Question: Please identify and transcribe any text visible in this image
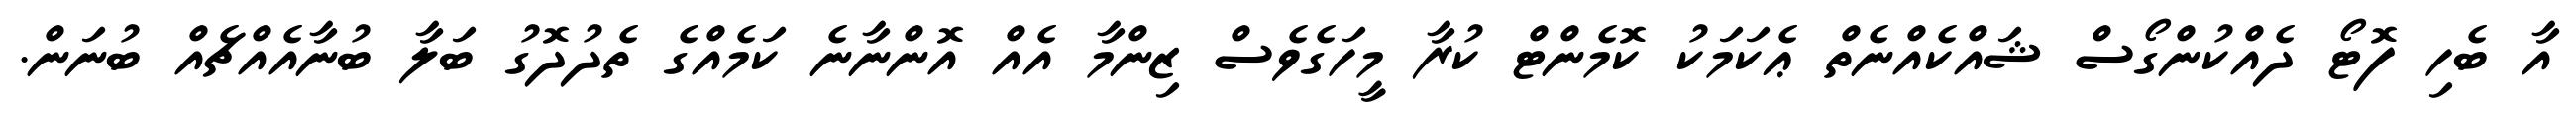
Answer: އާ ބެހި ފޮޓޯ ދެއްކުންގޯސް ޝައްކެއްނެތް ޢެކަމަކު ކޮމެންޓް ކުރާ މީހަގެވެސް ޒިންމާ އެއް އޮންނާނެ ކަމެއްގެ ތެދުދޮގު ބަލާ ބުނާއެއްޗެއް ބުނަން.